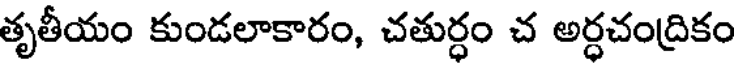
తృతీయం కుండలాకారం, చతుర్ధం చ అర్ధచంద్రికం